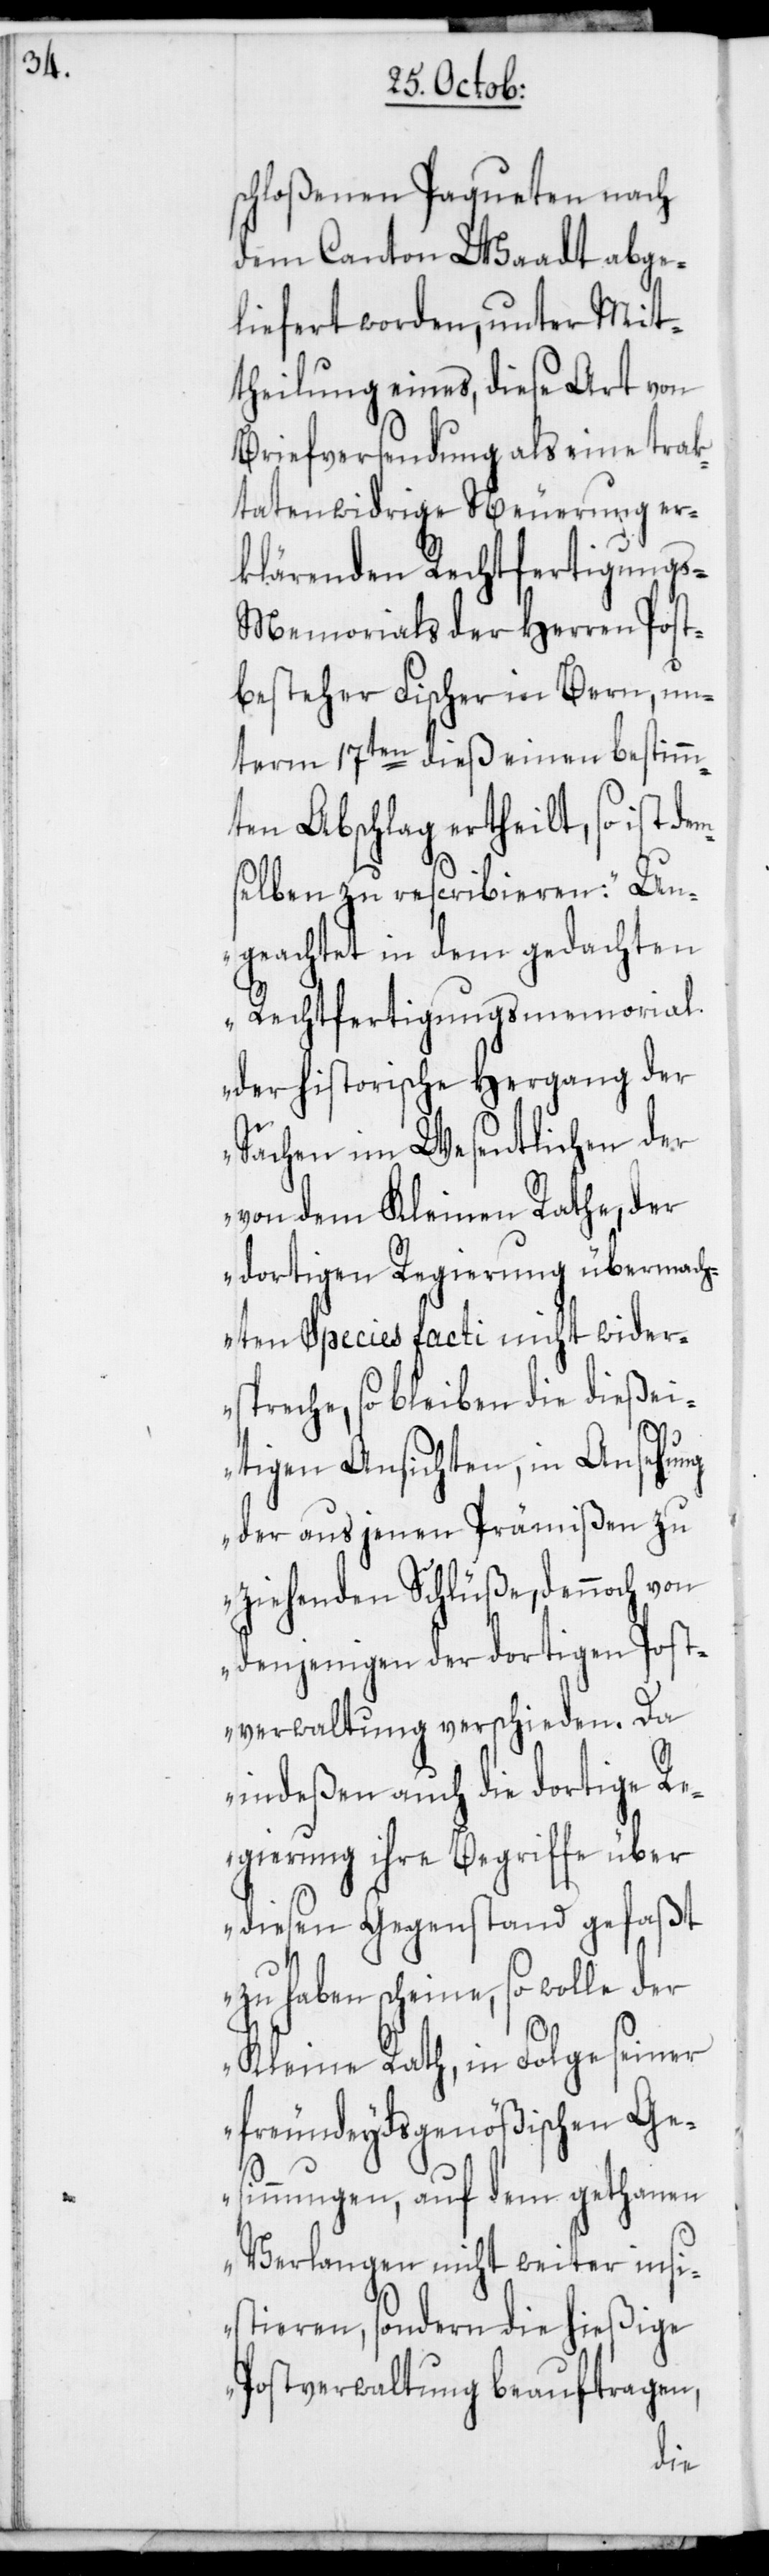
schloßenen Paqueten nach
dem Canton Waadt abge¬
liefert worden, unter Mit¬
theilung eines, diese Art von
Briefversendung als eine trak¬
tatenwidrige Neuerung er¬
klärenden Rechtfertigungs-M¬
emorials der Herren Post¬
besteher Fischer in Bern, un¬
term 17ten dieß einen bestimm¬
ten Abschlag ertheilt, so ist
selben zu rescribieren: „Un¬
geachtet in dem gedachten
Rechtfertigungsmemorial
der historische Hergang der
Sachen im Wesentlichen der
von dem Kleinen Rathe, der
dortigen Regierung übermach¬
ten Species facti nicht wider¬
spreche, so bleiben die dieße¬
itigen Ansichten, in Ansehung
der aus jenen Prämißen zu
ziehenden Schlüße, dennoch von
denjenigen der dortigen Post¬
verwaltung verschieden. Da
indeßen auch die dortige Re¬
gierung ihre Begriffe über
diesen Gegenstand gefaßt
zu haben scheine, so wolle der
Kleine Rath, in Folge seiner
freundeydsgenößischen Ge¬
sinnungen, auf dem gethanen
Verlangen nicht weiter insi¬
stieren, sondern die hießige
Postverwaltung beauftragen,
dem¬